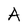
Character: A